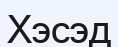
Хэсэд